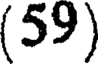
(59)